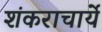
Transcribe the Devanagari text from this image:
शंकराचार्ये